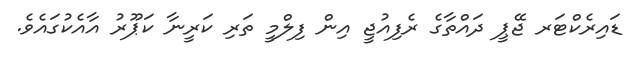
ޑައިރެކްޓަރ ޖޭޕީ ދައްތާގެ ރެފިއުޖީ އިން ފިލްމީ ތަރި ކަރީނާ ކަޕޫރު އާއެކުގައެވެ.